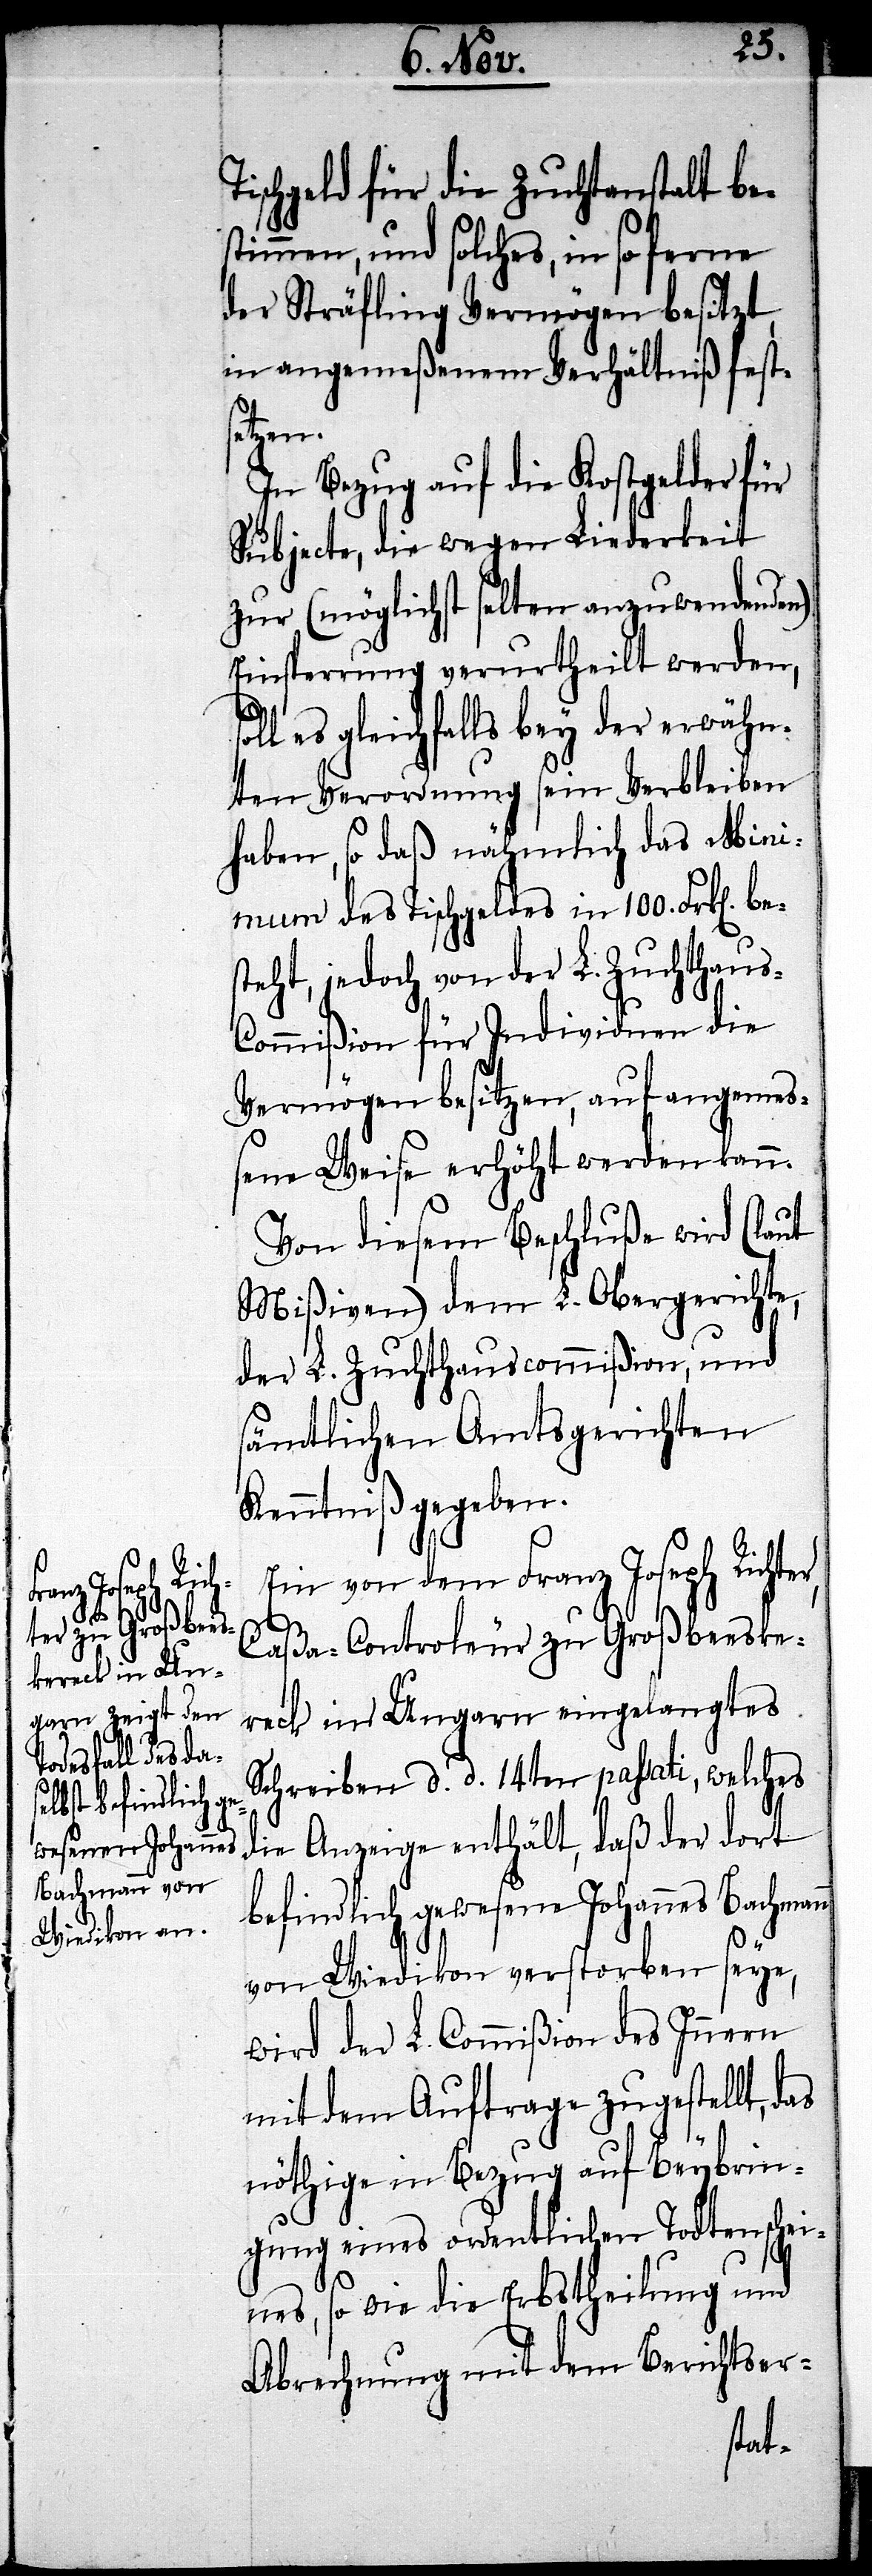
Tischgeld für die Zuchtanstalt be¬
stimmen, und solches, in so ferne
der Sträfling Vermögen besitzt,
in angemeßenem Verhältniß fests¬
er,
In Bezug auf die Kostgelder für
Subjecte, die wegen Liederkeit
zur (möglichst selten anzuwendenden)
Einsperrung verurtheilt werden,
es gleichfalls bey der erwähn¬
ten Verordnung sein Verbleiben
haben, so daß nämlich das Min¬
imum des Tischgeldes in 100. Frk[en].
eht, jedoch von der L. Zuchthaus-C¬
ommißion für Individuen die
Vermögen besitzen, auf angeme¬
ßene Weise erhöht werden kann.
Von diesem Beschluße wird (laut
Mißiven) dem L. Obergerichte,
der L. Zuchthauscommißion, und
sämtlichen Amtsgerichten
Kenntniß gegeben.
Ein von dem Franz Joseph Richt¬
Caßa-Controleur zu Großbeeske¬
reck in Ungarn eingelangtes
Schreiben d. d. 14ten passati, welches
die Anzeige enthält, daß der dort
befindlich gewesene Johannes Bachmann
von Wiedikon verstorben seye,
wird der L. Commißon des Innern
mit dem Auftrage zugestellt, das
nöthige in Bezug auf Beybrin¬
gung eines ordentlichen Todtenschei¬
nes, so wie die Erbstheilung und
Abrechnung mit dem Berichtser-